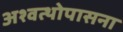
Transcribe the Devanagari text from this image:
अश्वत्थोपासना